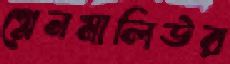
গ্লেনমালিউর